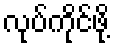
လုပ်ကိုင်ဖို့